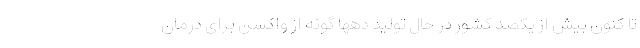
تا کنون بیش از یکصد کشور در حال تولید دهها گونه از واکسن برای درمان